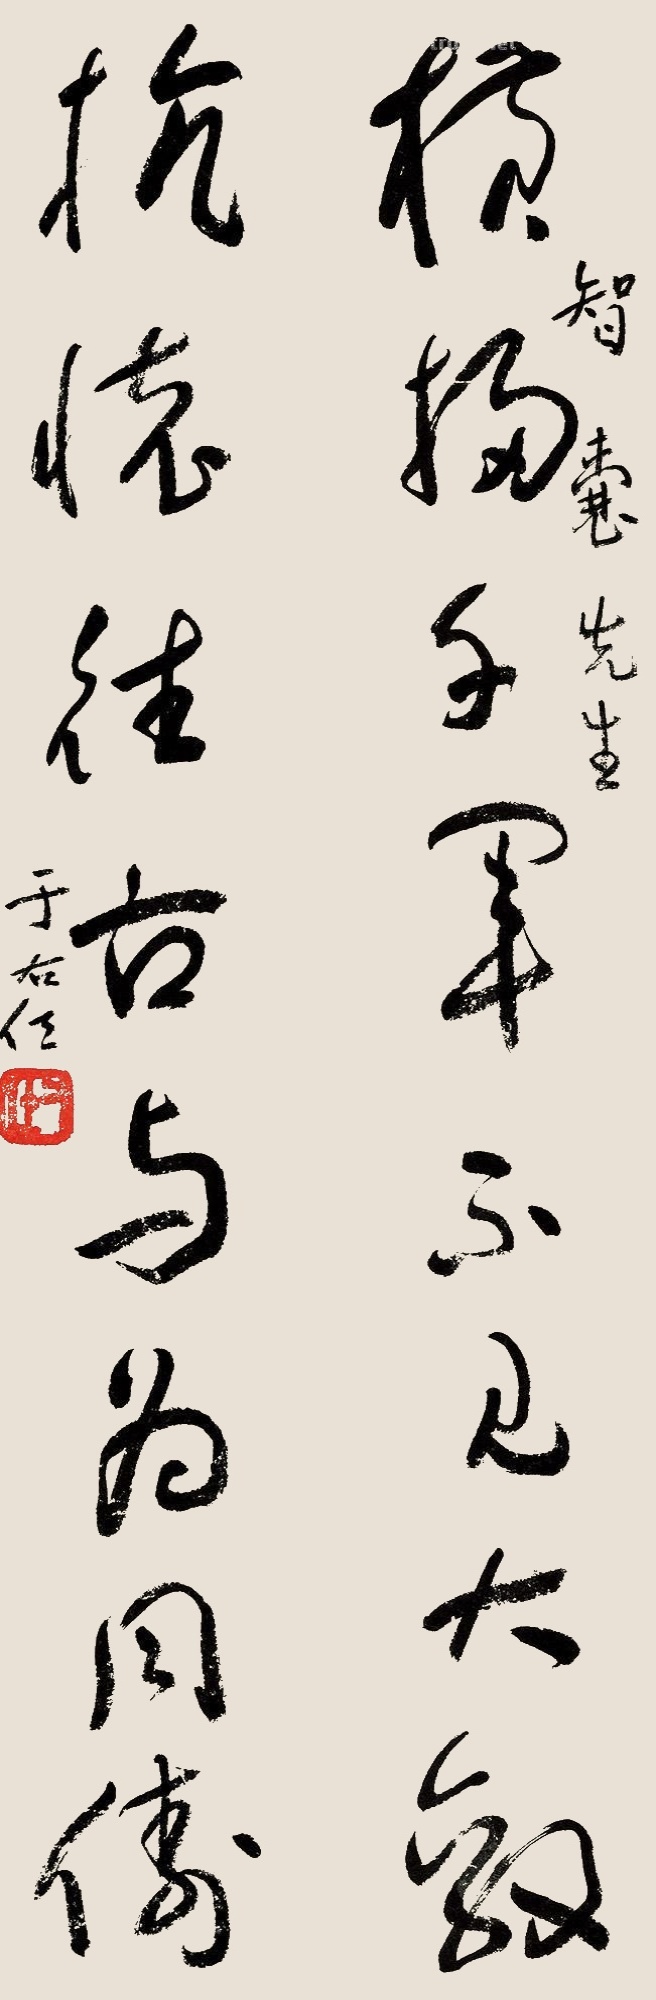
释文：横扫千军不见大敌，抗怀往古与为同俦.智囊先生，于右任。